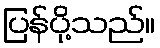
ပြန်ပို့သည်။